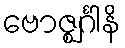
ဗောဇ္ဈင်္ဂါနိ